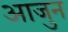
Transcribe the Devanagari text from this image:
आजुन